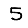
Digit: 5